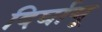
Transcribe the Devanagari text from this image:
दिर्घायू